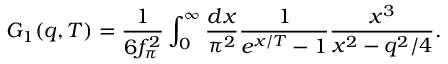
G _ { 1 } ( q , T ) = { \frac { 1 } { 6 f _ { \pi } ^ { 2 } } } \int _ { 0 } ^ { \infty } { \frac { d x } { \pi ^ { 2 } } } { \frac { 1 } { e ^ { x / T } - 1 } } { \frac { x ^ { 3 } } { x ^ { 2 } - q ^ { 2 } / 4 } } .